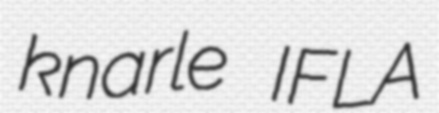
knarle IFLA